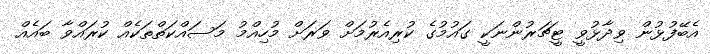
އެބޭފުޅުން ވިދާޅުވީ ޓީޗަރުންނަކީ ގައުމުގެ ކުރިއެރުމަށް ވަރަށް މުހިއްމު މަސައްކަތްތަކެއް ކުރައްވާ ބައެއް